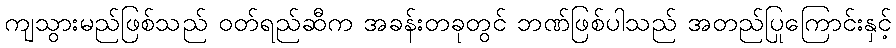
ကျသွားမည်ဖြစ်သည် ဝတ်ရည်ဆီက အခန်းတခုတွင် ဘဏ်ဖြစ်ပါသည် အတည်ပြုကြောင်းနှင့်